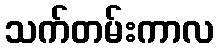
သက်တမ်းကာလ